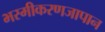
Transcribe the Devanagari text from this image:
भस्मीकरणजापान